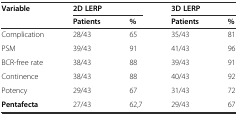
| Variable | <COLSPAN=2> 2D LERP | <COLSPAN=2> 3D LERP |
 |  | Patients | % | Patients | % |
 | --- | --- | --- | --- | --- |
 | Complication | 28/43 | 65 | 35/43 | 81 |
 | PSM | 39/43 | 91 | 41/43 | 96 |
 | BCR-free rate | 38/43 | 88 | 39/43 | 91 |
 | Continence | 38/43 | 88 | 40/43 | 92 |
 | Potency | 29/43 | 67 | 31/43 | 72 |
 | Pentafecta | 27/43 | 62,7 | 29/43 | 67 |